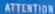
ATTENTION